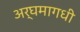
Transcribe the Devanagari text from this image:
अर्घमागधी